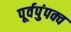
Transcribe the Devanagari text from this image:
पूर्वपुंपक्व